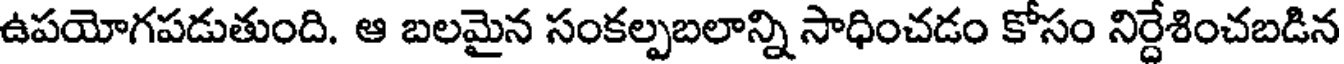
ఉపయోగపడుతుంది. ఆ బలమైన సంకల్పబలాన్ని సాధించడం కోసం నిర్దేశించబడిన